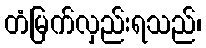
တံမြက်လှည်းရသည်၊